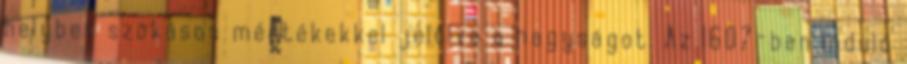
helyben szokásos mértékekkel jelölve a nagyságot. Az 1607-ben induló